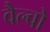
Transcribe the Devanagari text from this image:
वैल्वो